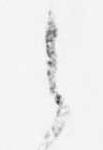
之